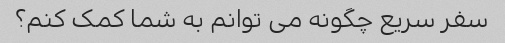
سفر سریع چگونه می توانم به شما کمک کنم؟